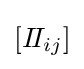
\left[I\!I_{ij}\right]